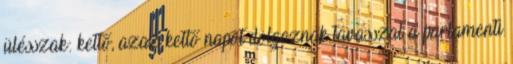
ülésszak: kettő, azaz kettő napot dolgoznak tavasszal a parlamenti